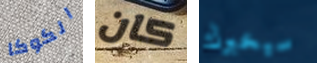
الكوكا كان سيخبرك